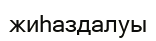
жиһаздалуы